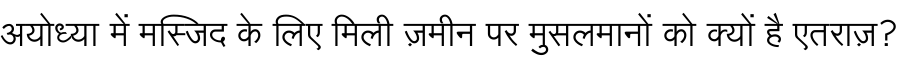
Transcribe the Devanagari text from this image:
अयोध्या में मस्जिद के लिए मिली ज़मीन पर मुसलमानों को क्यों है एतराज़?